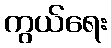
ကွယ်ရေး